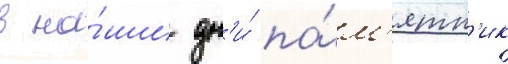
в на́ши дн'и́ па́м'ятн'ик